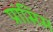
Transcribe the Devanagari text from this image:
प्रांसिस